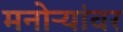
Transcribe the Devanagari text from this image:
मनोऱ्यांवर